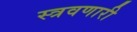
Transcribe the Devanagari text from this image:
स्त्रवणारी